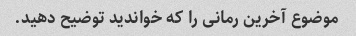
موضوع آخرین رمانی را که خواندید توضیح دهید.